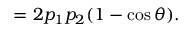
= 2 p _ { 1 } p _ { 2 } ( 1 - \cos \theta ) .